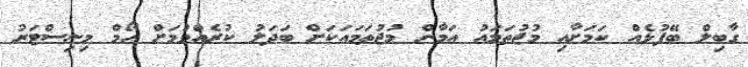
ގާބިލް ބޭފުޅެއް ކަމަށާއި މުޖުތަމައު އަމާން މުޖުތަމައަކަށް ބަދަލު ކުރެއްވުމަށް ހޯމް މިނިސްޓަރު